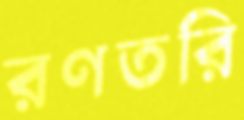
রণতরি